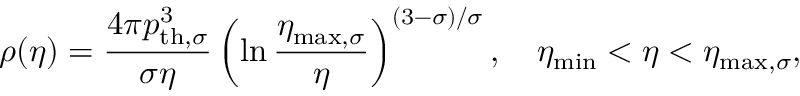
\rho ( \eta ) = \frac { 4 \pi p _ { \mathrm { t h , } \sigma } ^ { 3 } } { \sigma \eta } \left( \ln \frac { \eta _ { \mathrm { m a x , } \sigma } } { \eta } \right) ^ { ( 3 - \sigma ) / \sigma } , \quad \eta _ { \mathrm { m i n } } < \eta < \eta _ { \mathrm { m a x , } \sigma } ,